Annual report of the Punjab Veterinary College and of the Civil Veterinary Department, Punjab - 1909-1919
Year: 1909
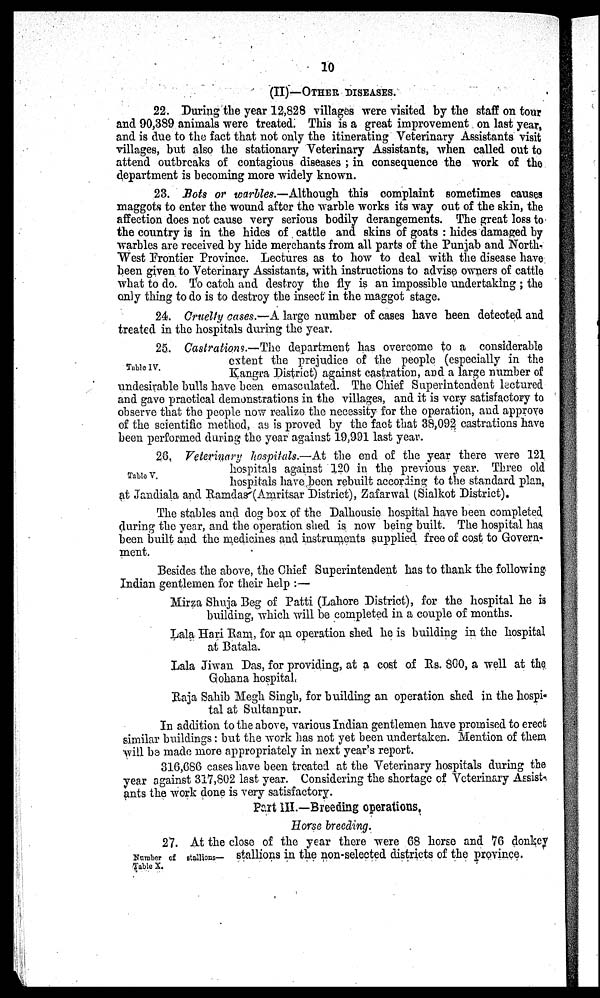
10
(II)—OTHER DISEASES.
22. During the year 12,828 villages were visited by the staff on tour
and 90,389 animals were treated. This is a great improvement on last year,
and is due to the fact that not only the itinerating Veterinary Assistants visit
villages, but also the stationary Veterinary Assistants, when called out to
attend outbreaks of contagious diseases; in consequence the work of the
department is becoming more widely known.
23. Bots or warbles.—Although this complaint sometimes causes
maggots to enter the wound after the warble works its way out of the skin, the
affection does not cause very serious bodily derangements. The great loss to
the country is in the hides of cattle and skins of goats: hides damaged by
warbles are received by hide merchants from all parts of the Punjab and North-
West Frontier Province. Lectures as to how to deal with the disease have
been given to Veterinary Assistants, with instructions to advise owners of cattle
what to do. To catch and destroy the fly is an impossible undertaking; the
only thing to do is to destroy the insect in the maggot stage.
24. Cruelty cases.—A large number of cases have been detected and
treated in the hospitals during the year.
Table IV.
25. Castrations.—The department has overcome to a considerable
extent the prejudice of the people (especially in the
Kangra District) against castration, and a large number of
undesirable bulls have been emasculated. The Chief Superintendent lectured
and gave practical demonstrations in the villages, and it is very satisfactory to
observe that the people now realize the necessity for the operation, and approve
of the scientific method, as is proved by the fact that 38,092 castrations have
been performed during the year against 19,991 last year.
Table V.
26. Veterinary hospitals.—At the end of the year there were 121
hospitals against 120 in the previous year. Three old
hospitals have been rebuilt according to the standard plan,
at Jandiala and Ramdas (Amritsar District), Zafarwal (Sialkot District).
The stables and dog box of the Dalhousie hospital have been completed
during the year, and the operation shed is now being built. The hospital has
been built and the medicines and instruments supplied free of cost to Govern-
ment.
Besides the above, the Chief Superintendent has to thank the following
Indian gentlemen for their help :—
Mirza Shuja Beg of Patti (Lahore District), for the hospital he is
building, which will be completed in a couple of months.
Lala Hari Ram, for an operation shed he is building in the hospital
at Batala.
Lala Jiwan Das, for providing, at a cost of Rs. 800, a well at the
Gohana hospital,
Raja Sahib Megh Singh, for building an operation shed in the hospi-
tal at Sultanpur.
In addition to the above, various Indian gentlemen have promised to erect
similar buildings: but the work has not yet been undertaken. Mention of them
will be made more appropriately in next year's report.
316,686 cases have been treated at the Veterinary hospitals during the
year against 317,802 last year. Considering the shortage of Veterinary Assist-
ants the work done is very satisfactory.
Part III.—Breeding operations.
Horse breeding.
Number of stallions—
Table X.
27. At the close of the year there were 68 horse and 76 donkey
stallions in the non-selected districts of the province.